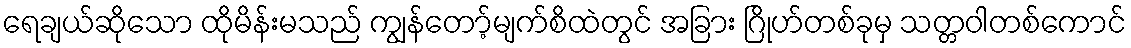
ရေချယ်ဆိုသော ထိုမိန်းမသည် ကျွန်တော့်မျက်စိထဲတွင် အခြား ဂြိုဟ်တစ်ခုမှ သတ္တဝါတစ်ကောင်